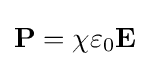
\mathbf {P} =\chi \varepsilon _{0}\mathbf {E}